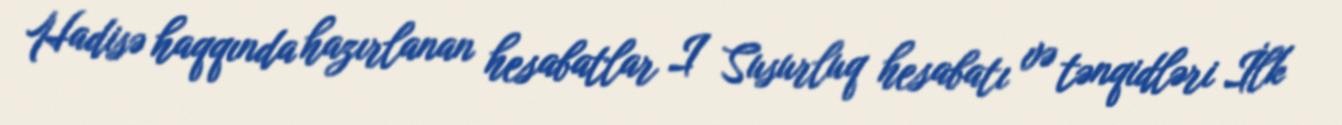
Hadisə haqqında hazırlanan hesabatlar I Susurluq hesabatı və tənqidləri İlk